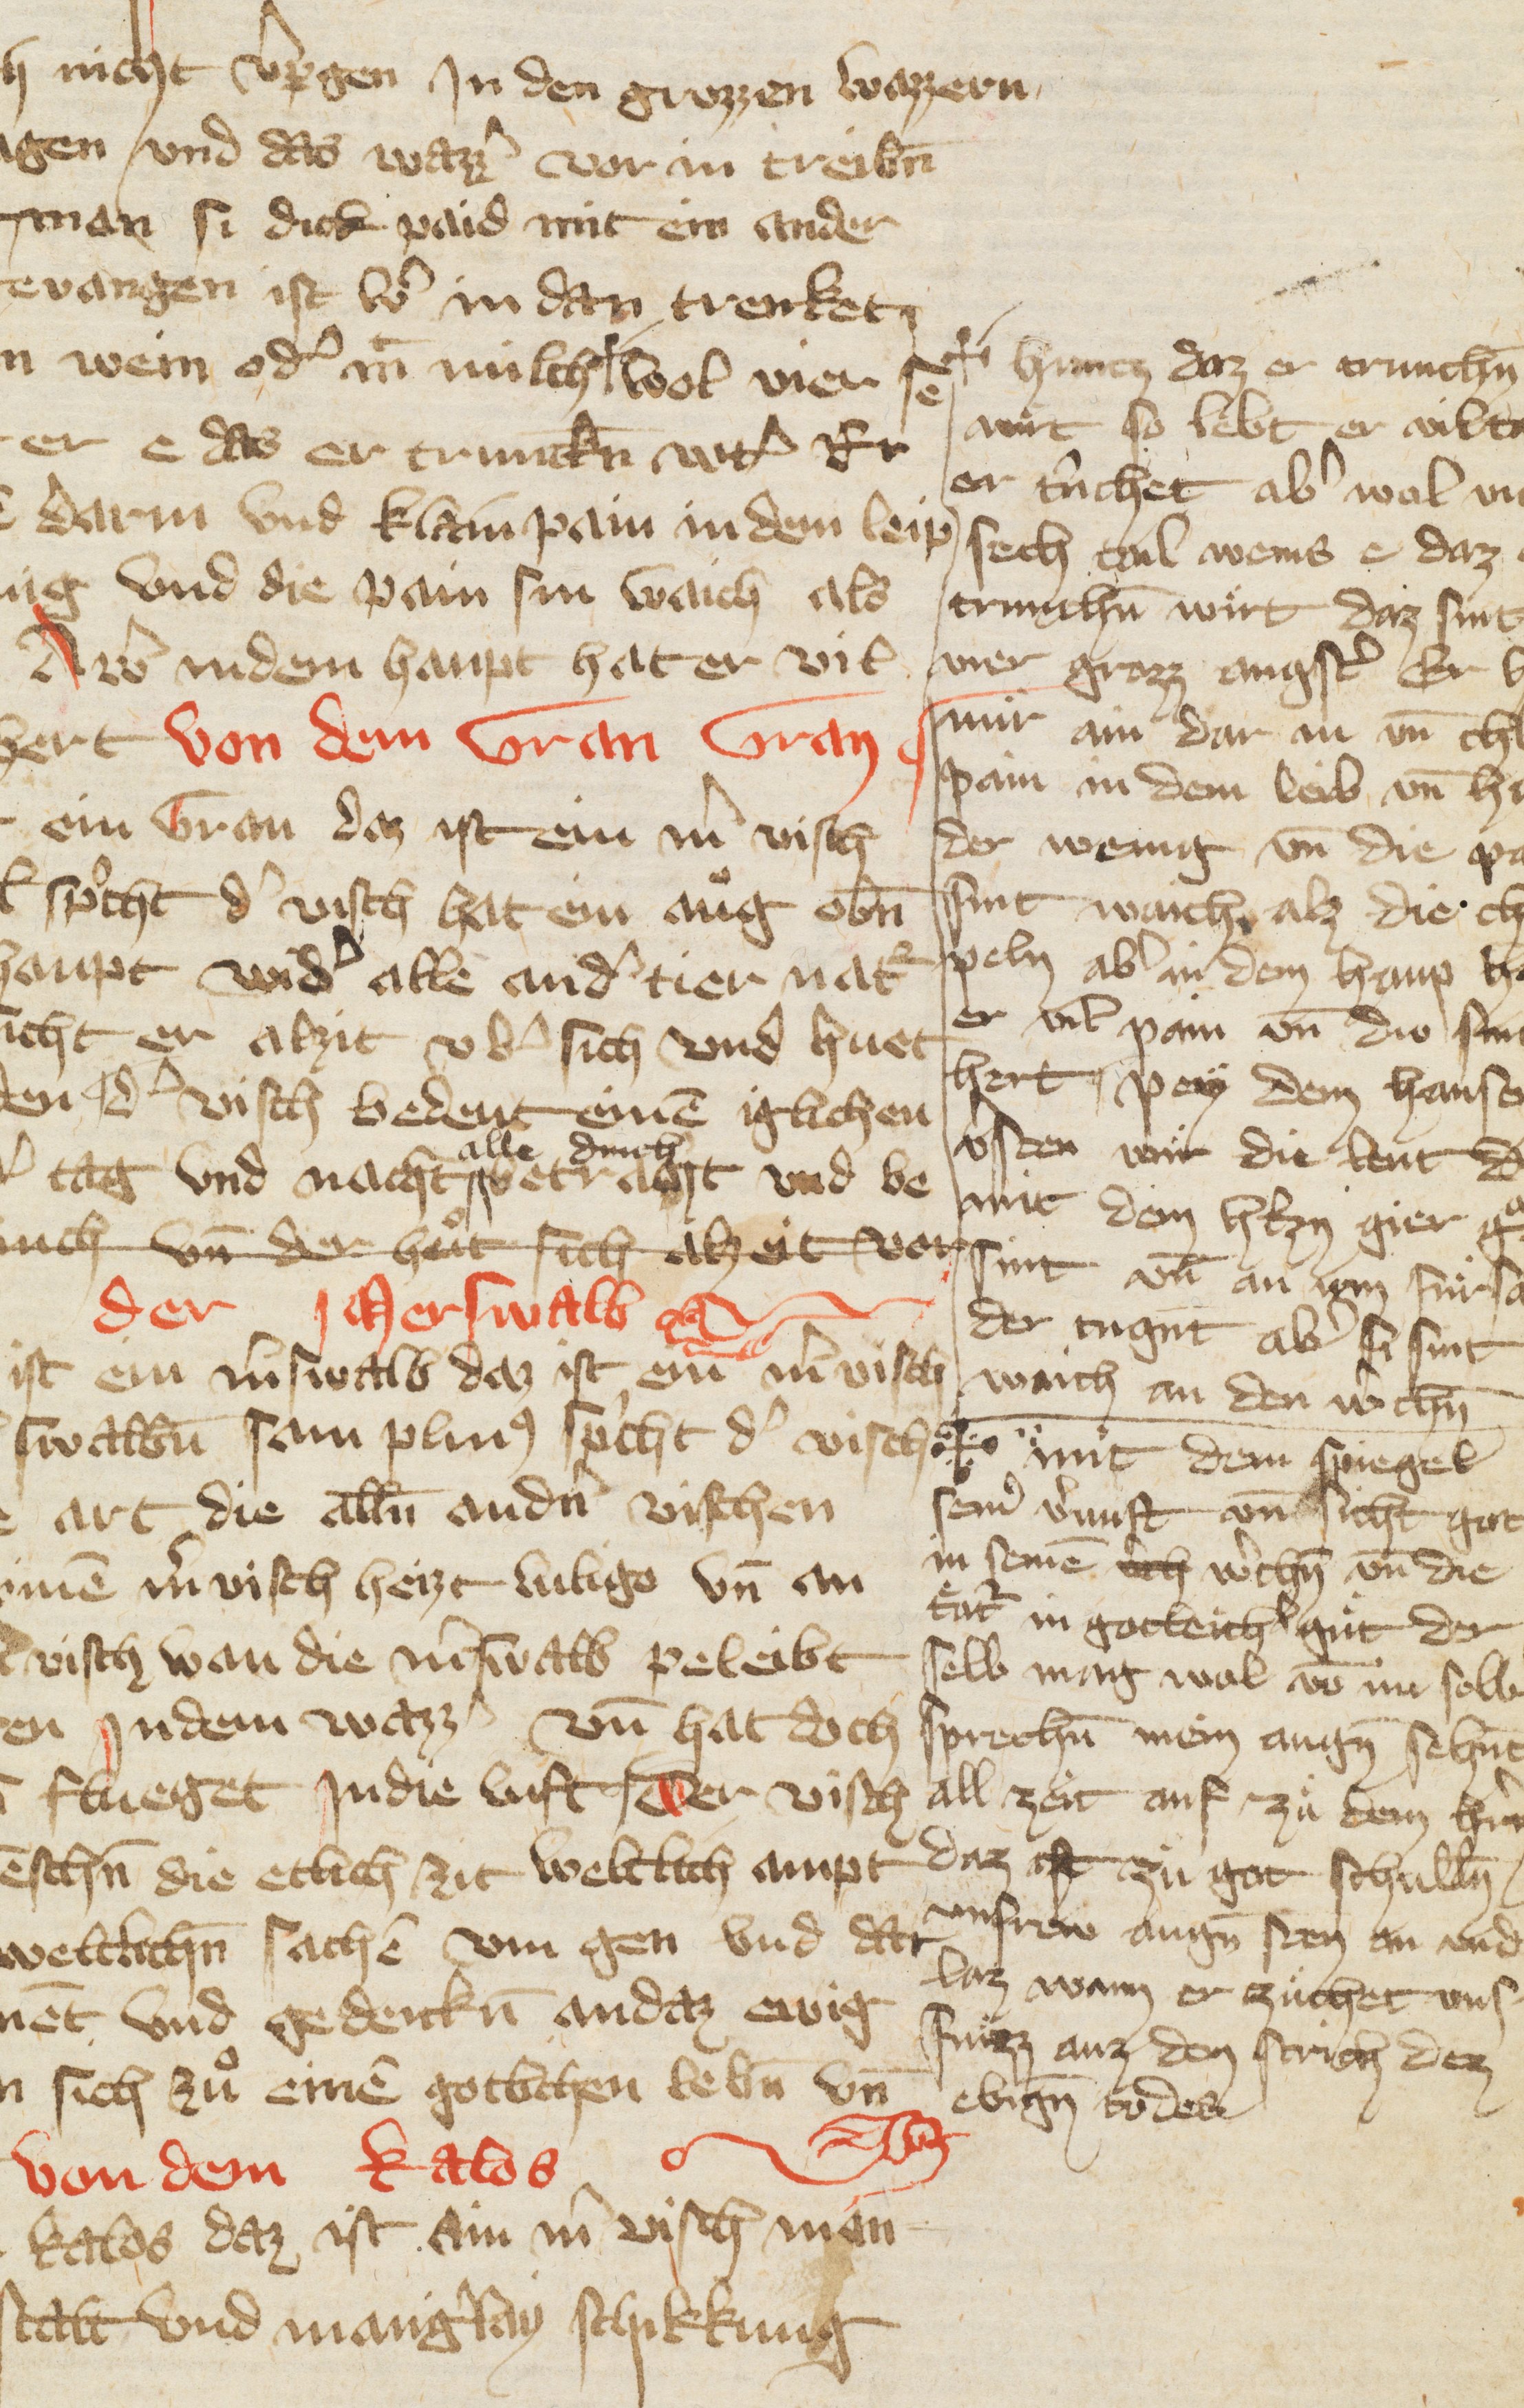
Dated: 1378–1378